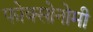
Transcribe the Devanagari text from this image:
फोक्सोनोमी